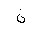
Letter: _non